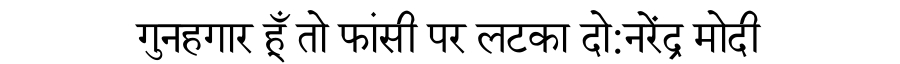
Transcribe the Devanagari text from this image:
गुनहगार हूँ तो फांसी पर लटका दो:नरेंद्र मोदी